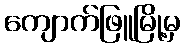
ကျောက်ဖြူမြို့မှ